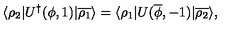
\langle \rho _ { 2 } | U ^ { \dagger } ( \phi , 1 ) | \overline { { \rho _ { 1 } } } \rangle = \langle \rho _ { 1 } | U ( \overline { \phi } , - 1 ) | \overline { { \rho _ { 2 } } } \rangle ,